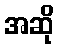
အဆို